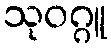
သုဝဂ္ဂူ